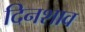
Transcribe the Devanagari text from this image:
दिनशाव